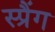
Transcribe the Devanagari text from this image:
स्प्रैंग